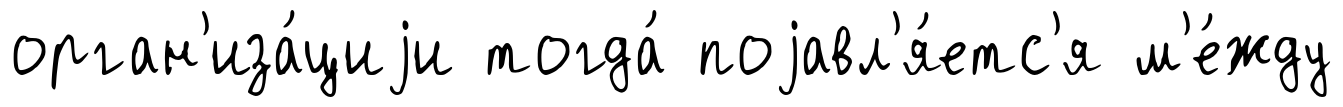
орган'иза́циjи тогда́ поjавл'я́етс'я м'е́жду